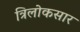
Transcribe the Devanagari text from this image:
त्रिलोकसार